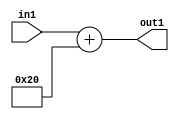
`timescale 1ps / 1ps
/*****************************************************************************
    Verilog RTL Description
    
    
    Created by: Stratus DpOpt 2019.1.01 
*******************************************************************************/

module DC_Filter_Add_12U_145_4 (
	in1,
	out1
	); /* architecture "behavioural" */ 
input [11:0] in1;
output [11:0] out1;
wire [11:0] asc001;

assign asc001 = 
	+(in1)
	+(12'B000000100000);

assign out1 = asc001;
endmodule

/* CADENCE  urj5TQ4= : u9/ySgnWtBlWxVPRXgAZ4Og= ** DO NOT EDIT THIS LINE ******/